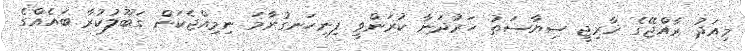
މިއަދު ރާއްޖޭގެ ޚާރިޖީ ސިޔާސަތު ހަރުދަނާ ކުރަންވީ ފިނިހަނގުރާމަ ނިމިއްޖެކަން ގަބޫލުކުރާ ބައެއްގެ